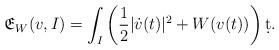
LaTeX: \begin{align*}\mathfrak{E}_{W}({v},I)=\int_I \left(\frac 12 |\dot{{v}}(t)|^2+W({v}(t))\right)\d t.\end{align*}